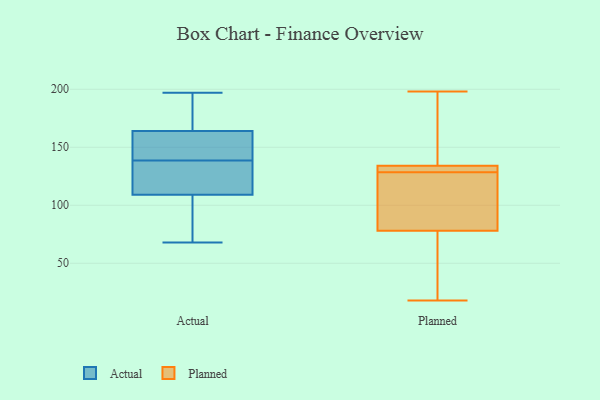
{"axis": {"x": "Active Users", "y": "Value"}, "legend": ["Actual", "Planned"], "data": [{"x": "", "y": 164, "type": "Actual"}, {"x": "", "y": 155, "type": "Actual"}, {"x": "", "y": 109, "type": "Actual"}, {"x": "", "y": 103, "type": "Actual"}, {"x": "", "y": 197, "type": "Actual"}, {"x": "", "y": 144, "type": "Actual"}, {"x": "", "y": 193, "type": "Actual"}, {"x": "", "y": 167, "type": "Actual"}, {"x": "", "y": 68, "type": "Actual"}, {"x": "", "y": 95, "type": "Actual"}, {"x": "", "y": 114, "type": "Actual"}, {"x": "", "y": 112, "type": "Actual"}, {"x": "", "y": 133, "type": "Actual"}, {"x": "", "y": 153, "type": "Actual"}, {"x": "", "y": 54, "type": "Planned"}, {"x": "", "y": 193, "type": "Planned"}, {"x": "", "y": 103, "type": "Planned"}, {"x": "", "y": 18, "type": "Planned"}, {"x": "", "y": 23, "type": "Planned"}, {"x": "", "y": 89, "type": "Planned"}, {"x": "", "y": 134, "type": "Planned"}, {"x": "", "y": 169, "type": "Planned"}, {"x": "", "y": 78, "type": "Planned"}, {"x": "", "y": 198, "type": "Planned"}, {"x": "", "y": 132, "type": "Planned"}, {"x": "", "y": 134, "type": "Planned"}, {"x": "", "y": 125, "type": "Planned"}, {"x": "", "y": 133, "type": "Planned"}]}